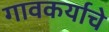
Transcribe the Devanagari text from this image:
गावकर्याचे